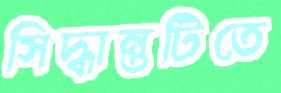
সিদ্ধান্তটিতে